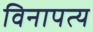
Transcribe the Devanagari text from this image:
विनापत्य